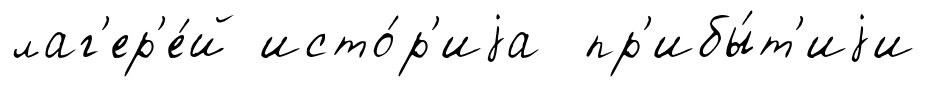
лаг'ер'е́й исто́р'иjа пр'ибы́т'иjи